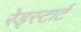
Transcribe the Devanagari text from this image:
रेड्स्टार्ट